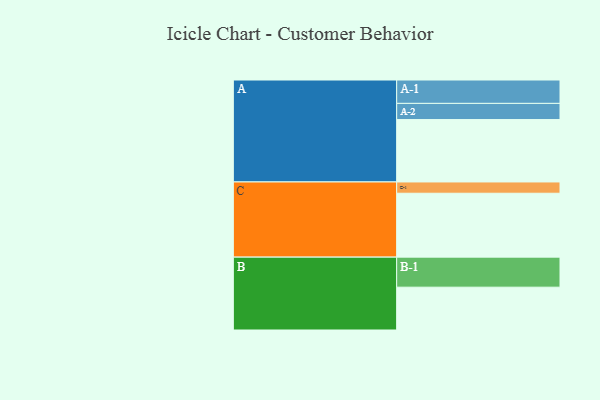
{"axis": {"x": "Segment", "y": "Value"}, "legend": ["", "A", "B", "C"], "data": [{"x": "A", "y": 459, "type": ""}, {"x": "B", "y": 315, "type": ""}, {"x": "C", "y": 470, "type": ""}, {"x": "A-1", "y": 172, "type": "A"}, {"x": "A-2", "y": 119, "type": "A"}, {"x": "B-1", "y": 221, "type": "B"}, {"x": "C-1", "y": 83, "type": "C"}]}